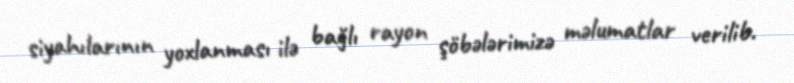
siyahılarının yoxlanması ilə bağlı rayon şöbələrimizə məlumatlar verilib.